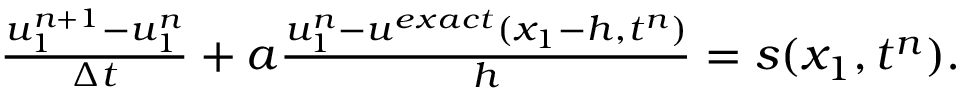
\begin{array} { r } { \frac { u _ { 1 } ^ { n + 1 } - u _ { 1 } ^ { n } } { \Delta t } + a \frac { u _ { 1 } ^ { n } - u ^ { e x a c t } ( x _ { 1 } - h , t ^ { n } ) } { h } = s ( x _ { 1 } , t ^ { n } ) . } \end{array}